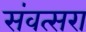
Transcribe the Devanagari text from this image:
संवत्सरा